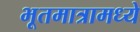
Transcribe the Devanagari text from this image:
भूतमात्रामध्ये